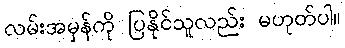
လမ်းအမှန်ကို ပြနိုင်သူလည်း မဟုတ်ပါ။